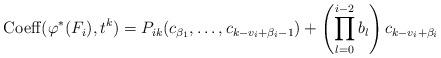
LaTeX: \begin{align*}{\rm Coeff}(\varphi^*(F_i), t^k)=P_{ik}(c_{\beta_1},\ldots,c_{k-v_i+\beta_i-1})+\left ( \prod_{l=0}^{i-2}b_l\right)c_{k-v_i+\beta_i} \end{align*}